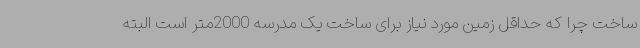
ساخت چرا که حداقل‌ زمین مورد نیاز برای ساخت یک مدرسه 2000متر است البته